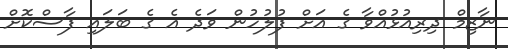
ނާޒިމް ދިރިއުޅުއްވާ ގެ އަށް ފުލުހުން ވަދެ އެ ގެ ބަލައި ފާސްކޮށް